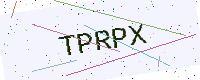
Text: TPRPX